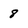
Character: 8